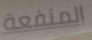
المنفعة